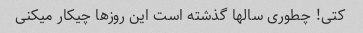
کتی! چطوری سالها گذشته است این روزها چیکار میکنی